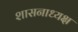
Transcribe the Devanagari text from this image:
शासनाध्‍यक्ष